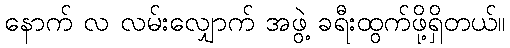
နောက် လ လမ်းလျှောက် အဖွဲ့ ခရီးထွက်ဖို့ရှိတယ်။